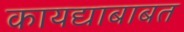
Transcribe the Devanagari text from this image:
कायद्याबाबत